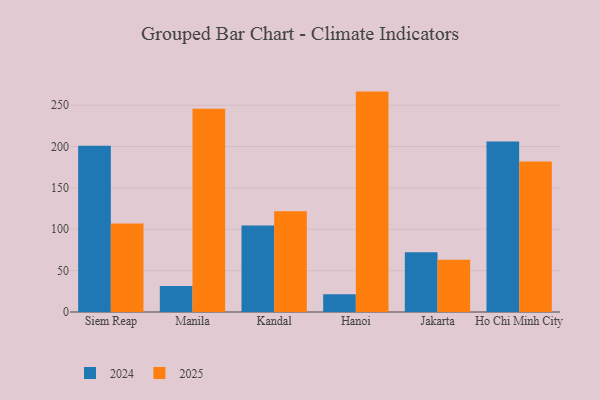
{"axis": {"x": "City", "y": "Website Visitors"}, "legend": ["2024", "2025"], "data": [{"x": "Siem Reap", "y": 106.9, "type": "2025"}, {"x": "Siem Reap", "y": 201.0, "type": "2024"}, {"x": "Manila", "y": 245.6, "type": "2025"}, {"x": "Manila", "y": 31.5, "type": "2024"}, {"x": "Kandal", "y": 121.8, "type": "2025"}, {"x": "Kandal", "y": 104.7, "type": "2024"}, {"x": "Hanoi", "y": 266.4, "type": "2025"}, {"x": "Hanoi", "y": 21.4, "type": "2024"}, {"x": "Jakarta", "y": 63.3, "type": "2025"}, {"x": "Jakarta", "y": 72.2, "type": "2024"}, {"x": "Ho Chi Minh City", "y": 182.0, "type": "2025"}, {"x": "Ho Chi Minh City", "y": 206.0, "type": "2024"}]}